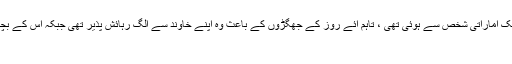
اس خاتون کی شادی ایک اماراتی شخص سے ہوئی تھی ، تاہم آئے روز کے جھگڑوں کے باعث وہ اپنے خاوند سے الگ رہائش پذیر تھی جبکہ اْس کے بچے اپنے باپ کے پاس
پرورش پا رہے تھے۔